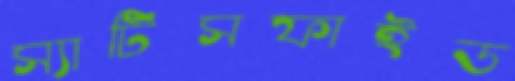
স্যাটিসফাইড